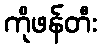
ကိုဖန်တီး